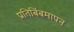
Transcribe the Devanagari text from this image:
प्रतिबिंबमापन